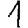
Digit: 1